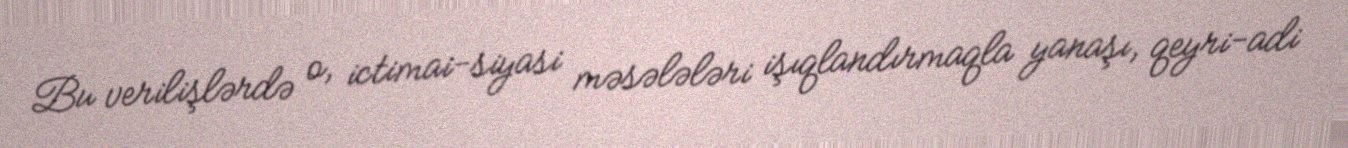
Bu verilişlərdə o, ictimai-siyasi məsələləri işıqlandırmaqla yanaşı, qeyri-adi